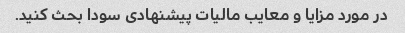
در مورد مزایا و معایب مالیات پیشنهادی سودا بحث کنید.